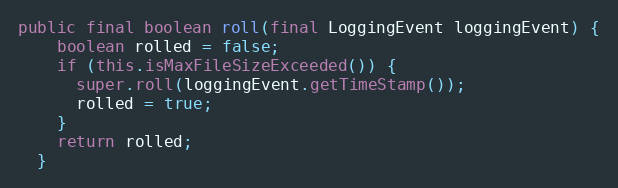
Language: Java
public final boolean roll(final LoggingEvent loggingEvent) {
    boolean rolled = false;
    if (this.isMaxFileSizeExceeded()) {
      super.roll(loggingEvent.getTimeStamp());
      rolled = true;
    }
    return rolled;
  }